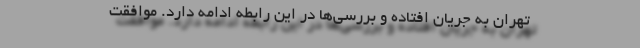
تهران به جریان افتاده و بررسی‌ها در این رابطه ادامه دارد. موافقت